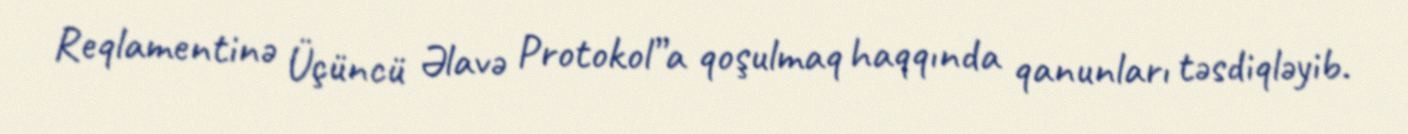
Reqlamentinə Üçüncü Əlavə Protokol”a qoşulmaq haqqında qanunları təsdiqləyib.